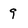
Character: 9